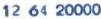
12 64 20000